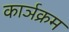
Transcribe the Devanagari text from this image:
कार्ञक्रम